Statistical return of the lunatic asylum in Assam - 1912-1932
Year: 1912
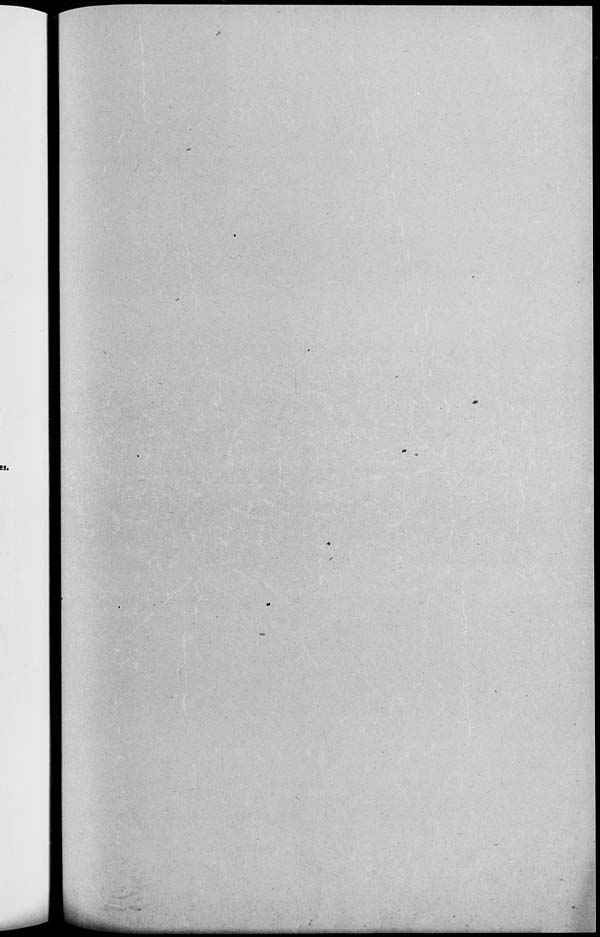
SS.